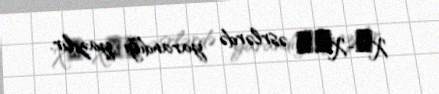
XІ-XІІ əsrlərdə yarandığı yazılır.